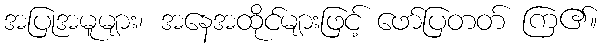
အပြုအမူများ၊ အနေအထိုင်များဖြင့် ဖော်ပြတတ် ကြ၏။